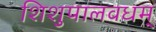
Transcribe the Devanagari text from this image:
शिशुपालवधम्